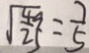
\sqrt { \frac { 4 9 } { 2 5 } } = \frac { 7 } { 5 }